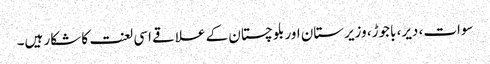
سوات، دیر، باجوڑ، وزیرستان اور بلوچستان کے علاقے اسی لعنت کا شکار ہیں۔